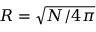
R = \sqrt { { N } / { 4 \pi } }